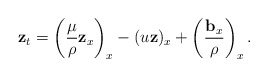
\begin{align*}\mathbf{z}_t=\left(\frac{\mu}{\rho}\mathbf{z}_x\right)_x-(u\mathbf{z})_x+\left(\frac{\mathbf{b}_x}{\rho}\right)_x.\end{align*}